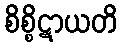
စိစ္စိဋာယတိ